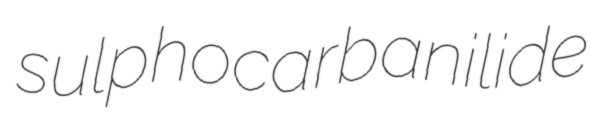
sulphocarbanilide